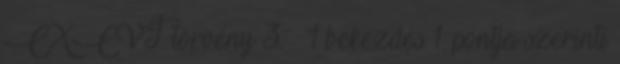
CXCVI. törvény 3. § 1 bekezdés 1. pontja szerinti